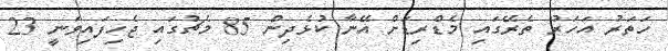
ހަތަރު އަހަރު ތެރޭގައި މެޑްރިޑަށް އޭނާ ކުޅެދިން 85 މެޗުގައި ޖެހިފައިވަނީ 23